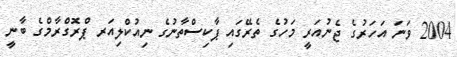
2004 ވަނަ އަހަރުގެ ޖެނުއަރީ މަހުގެ ތެރޭގައި ޕާކިސްތާނުގެ ނިއުކްލިއަރ ޕްރޮގްރާމްގެ ބާނީ